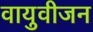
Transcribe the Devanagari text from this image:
वायुवीजन